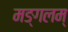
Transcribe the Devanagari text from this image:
मङ्गलम्